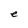
Character: e